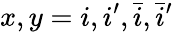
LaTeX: x,y=i,i^{\prime},\bar{i},\bar{i}^{\prime}